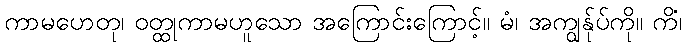
ကာမဟေတု၊ ဝတ္ထုကာမဟူသော အကြောင်းကြောင့်။ မံ၊ အကျွန်ုပ်ကို။ ကိံ၊